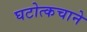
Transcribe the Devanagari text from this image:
घटोत्कचाने